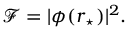
\mathcal { F } = | \phi ( \boldsymbol { r } _ { \star } ) | ^ { 2 } .